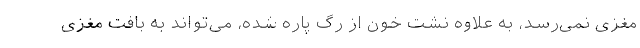
مغزی نمی‌رسد، به علاوه نشت خون از رگ پاره شده، می‌تواند به بافت مغزی